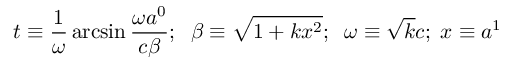
t \equiv \frac { 1 } { \omega } \arcsin \frac { \omega a ^ { 0 } } { c \beta } ; \; \; \beta \equiv \sqrt { 1 + k x ^ { 2 } } ; \; \; \omega \equiv \sqrt { k } c ; \; x \equiv a ^ { 1 }